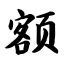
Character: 额